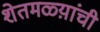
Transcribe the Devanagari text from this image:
शेतमळ्य़ांची